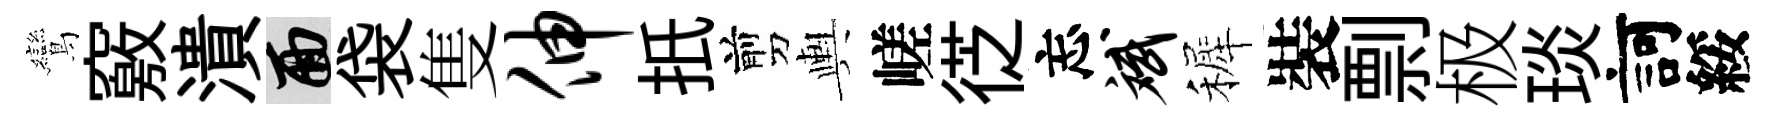
鸞竅潰面袋隻伸扺剪輿嵯徔忘斌裤裝剽极琰訶綏